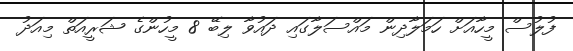
ފުލުސް މީހާއަށް ހަމަލާދިން މައްސަލާގައި ދައުވާ ލިބޭ 8 މީހުންގެ ޝަރީއަތް މިއަދު